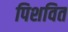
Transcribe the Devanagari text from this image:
पिशवित